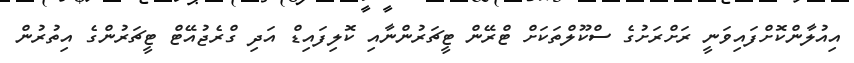
އިއުލާންކޮށްފައިވަނީ ރަށްރަށުގެ ސްކޫލްތަކަށް ޓްރޭން ޓީޗަރުންނާއި ކޮލިފައިޑް އަދި ގްރެޖުއޭޓް ޓީޗަރުންގެ އިތުރުން